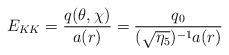
LaTeX: \begin{align*}E_{KK}=\frac{q(\theta ,\chi )}{a(r)}=\frac{q_0}{(\sqrt{\eta _5})^{-1}a(r)}\end{align*}